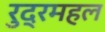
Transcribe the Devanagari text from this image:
रुद्रमहल